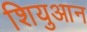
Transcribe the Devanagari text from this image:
शियुआन